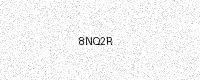
Text: 8NQ2R